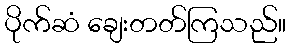
ပိုက်ဆံ ချေးတတ်ကြသည်။